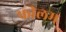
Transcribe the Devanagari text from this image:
फीलम